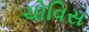
ચોવિસ